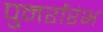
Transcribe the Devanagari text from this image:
पुनर्रारंभ